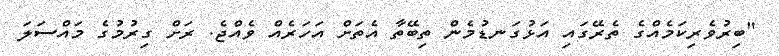
"ބިރުވެރިކަމެއްގެ ތެރޭގައި އަޅުގަނޑުމެން ތިބޭތާ އެތަށް އަހަރެއް ވެއްޖެ. ރަށް ގިރުމުގެ މައްސަލަ